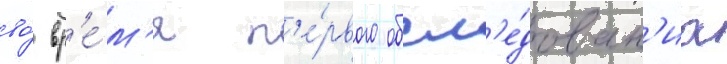
во́ вр'е́м'я п'е́рвого обсл'е́дован'иа